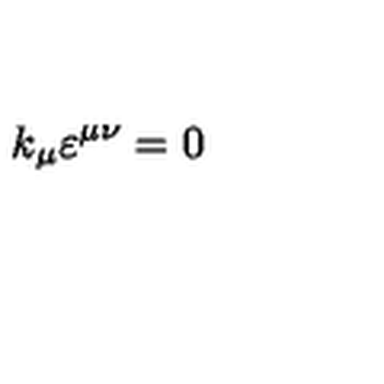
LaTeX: k _ { \mu } \varepsilon ^ { \mu \nu } = 0